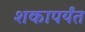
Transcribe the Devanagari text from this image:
शकापर्यंत